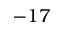
- 1 7